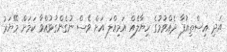
އަދި އިސްތިއުފާ ދެއްވުމުގެ ހިޔާލެއް އަމިއްލަ އަށް ވެސް ނުގެންގުޅުއްވާ ކަމަށް މޭޔަރު